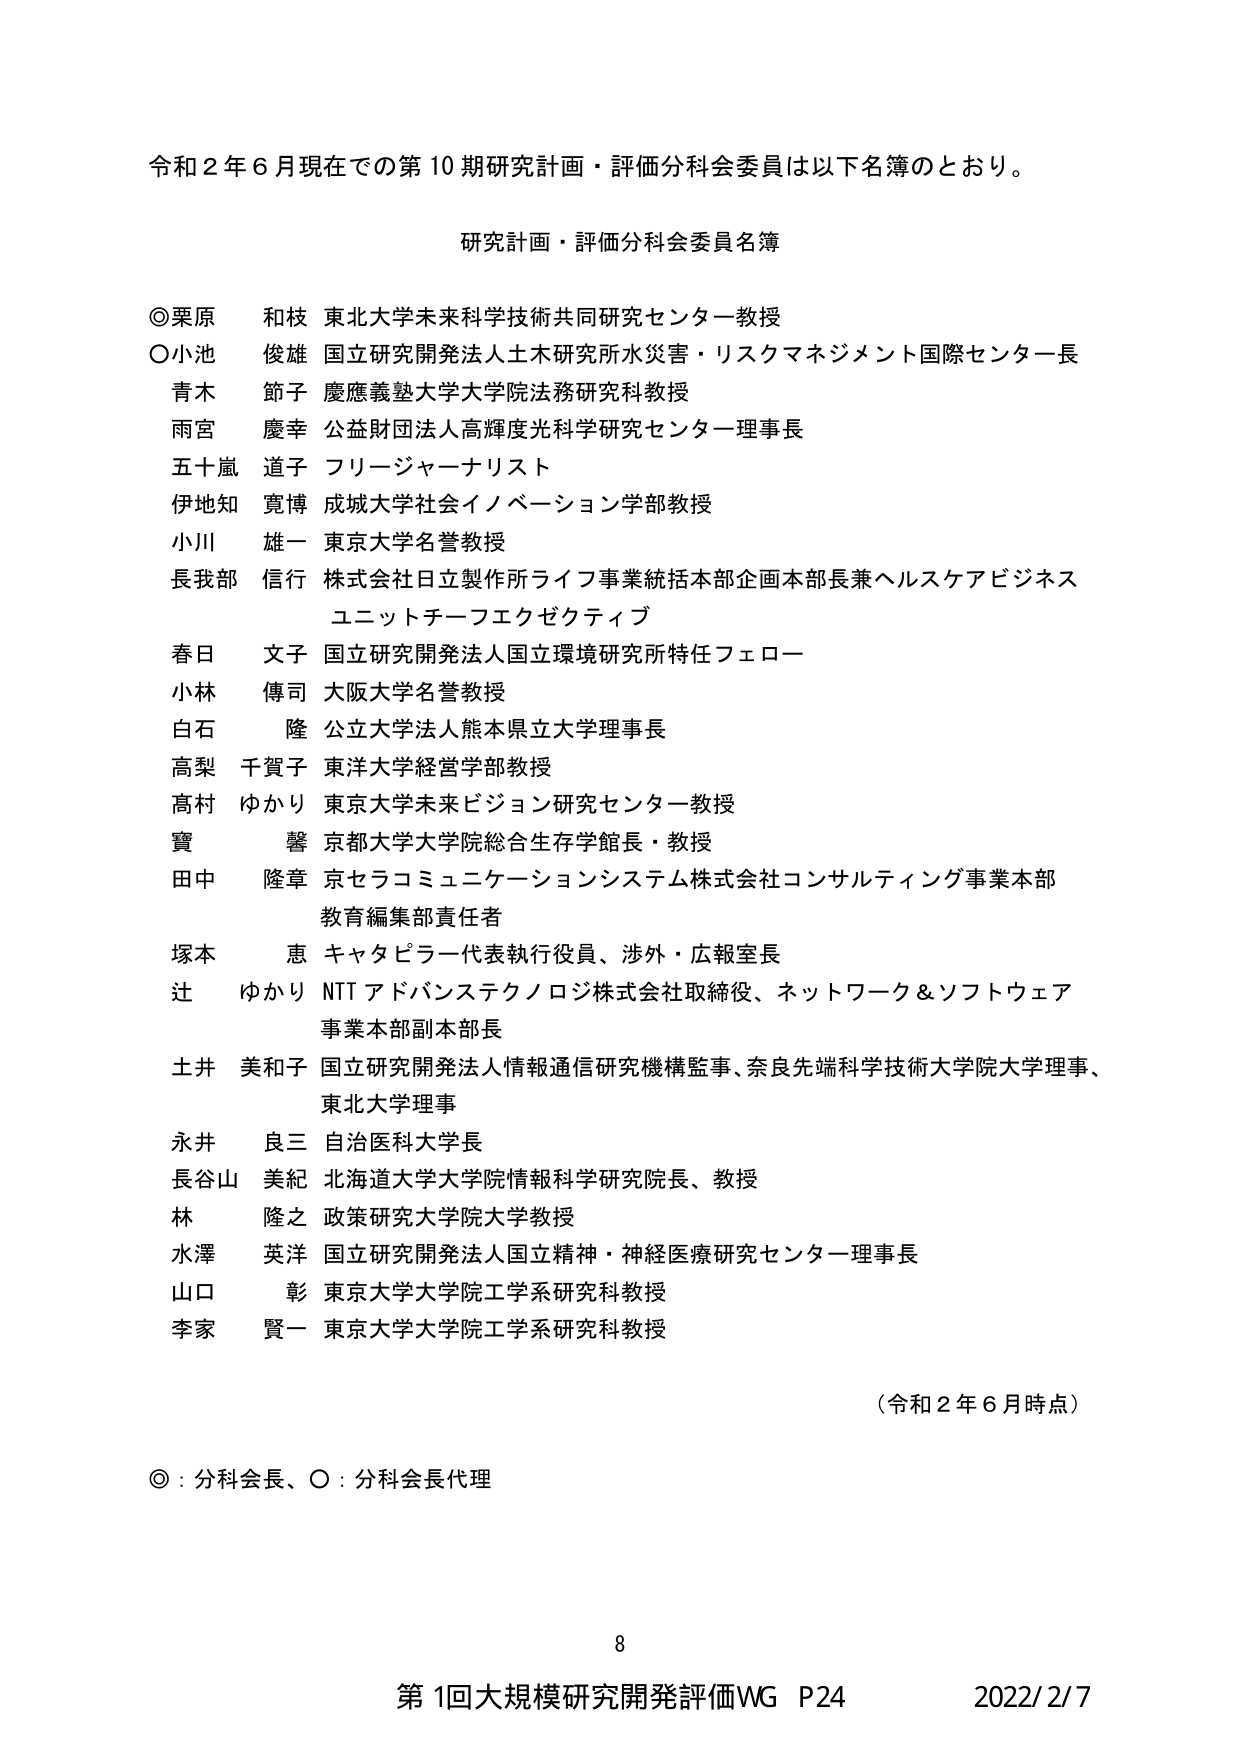
令和２年６月現在での第10期研究計画・評価分科会委員は以下名簿のとおり。

研究計画・評価分科会委員名簿

◎栗原　和枝　東北大学未来科学技術共同研究センター教授
○小池　俊雄　国立研究開発法人土木研究所水災害・リスクマネジメント国際センター長
　青木　節子　慶應義塾大学大学院法務研究科教授
　雨宮　慶幸　公益財団法人高輝度光科学研究センター理事長
　五十嵐　道子　フリージャーナリスト
　伊地知　寛博　成城大学社会イノベーション学部教授
　小川　雄一　東京大学名誉教授
　長我部　信行　株式会社日立製作所ライフ事業統括本部企画本部長兼ヘルスケアビジネス
　　　　　　　ユニットチーフエクゼクティブ
　春日　文子　国立研究開発法人国立環境研究所特任フェロー
　小林　傳司　大阪大学名誉教授
　白石　隆　公立大学法人熊本県立大学理事長
　高梨　千賀子　東洋大学経営学部教授
　高村　ゆかり　東京大学未来ビジョン研究センター教授
　寶　馨　京都大学大学院総合生存学館長・教授
　田中　隆章　京セラコミュニケーションシステム株式会社コンサルティング事業本部
　　　　　　　教育編集部責任者
　塚本　恵　キャタピラー代表執行役員、渉外・広報室長
　辻　ゆかり　NTTアドバンステクノロジ株式会社取締役、ネットワーク＆ソフトウェア
　　　　　　　事業本部副本部長
　土井　美和子　国立研究開発法人情報通信研究機構監事、奈良先端科学技術大学院大学理事、
　　　　　　　東北大学理事
　永井　良三　自治医科大学長
　長谷山　美紀　北海道大学大学院情報科学研究院長、教授
　林　隆之　政策研究大学院大学教授
　水澤　英洋　国立研究開発法人国立精神・神経医療研究センター理事長
　山口　彰　東京大学大学院工学系研究科教授
　李家　賢一　東京大学大学院工学系研究科教授

（令和２年６月時点）

◎：分科会長、○：分科会長代理

8
第1回大規模研究開発評価WG P24　2022/2/7